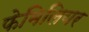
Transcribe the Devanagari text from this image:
फेमिलियर